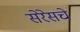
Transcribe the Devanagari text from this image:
सेरेसचे